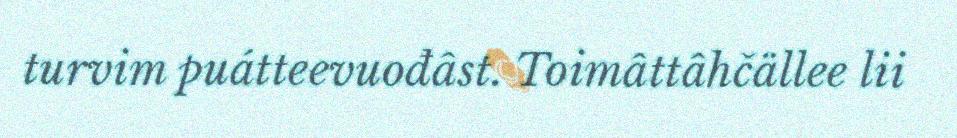
turvim puátteevuođâst. Toimâttâhčällee lii